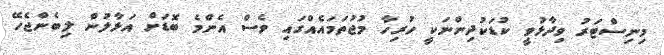
މިނިސްޓަރު ވިދާޅުވީ ކުޑަކުދިންނަކީ ހުރިހާ މުޖުތަމައެއްގައި ވެސް އެންމެ ބޮޑަށް އަޅާލުން ލިބެންޖެހޭ